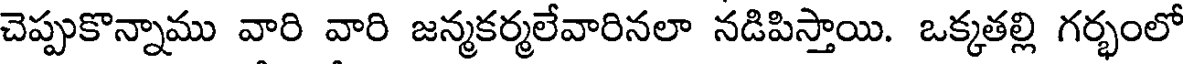
చెప్పుకొన్నాము వారి వారి జన్మకర్మలేవారినలా నడిపిస్తాయి. ఒక్కతల్లి గర్భంలో